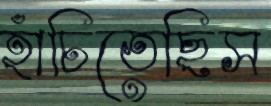
হাঁচিতেছিস